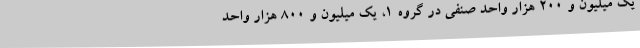
یک میلیون و ۲۰۰ هزار واحد صنفی در گروه ۱، یک میلیون و ۸۰۰ هزار واحد